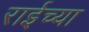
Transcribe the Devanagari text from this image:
राईच्या